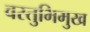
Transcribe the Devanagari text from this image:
वस्तुभिमुख